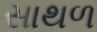
સાથળ